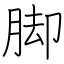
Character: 脚